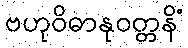
ဗဟုဝိဓာနုဝတ္တနိံ